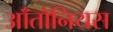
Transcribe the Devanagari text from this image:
आँतोनियस